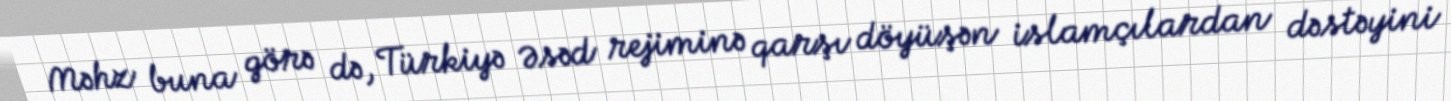
Məhz buna görə də, Türkiyə Əsəd rejiminə qarşı döyüşən islamçılardan dəstəyini